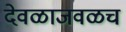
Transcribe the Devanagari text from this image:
देवळाजवळच